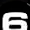
Digit: 6